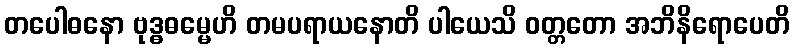
တပေါဓနော ဗုဒ္ဓဓမ္မေဟိ တမပရာယနောတိ ပါယေသိ ဝတ္တတော အဘိနိရောပေတိ